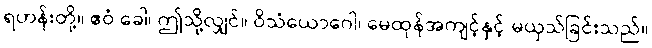
ရဟန်းတို့။ ဧဝံ ခေါ၊ ဤသို့လျှင်။ ဝိသံယောဂေါ၊ မေထုန်အကျင့်နှင့် မယှသ်ခြင်းသည်။